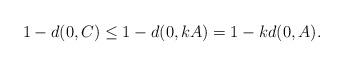
LaTeX: \begin{align*}1-d(0,C)\leq 1-d(0,kA)=1-kd(0,A).\end{align*}